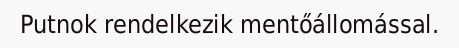
Putnok rendelkezik mentőállomással.